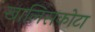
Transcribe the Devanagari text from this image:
खालिसकोटा